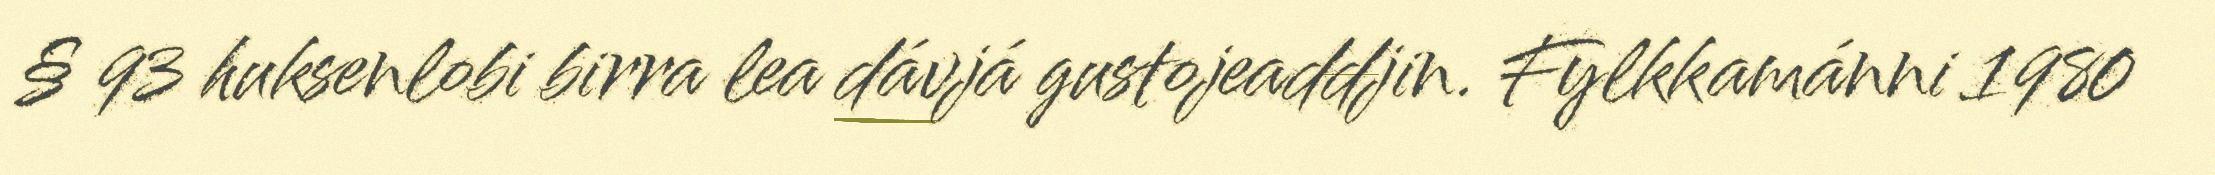
§ 93 huksenlobi birra lea dávjá gustojeaddjin. Fylkkamánni 1980